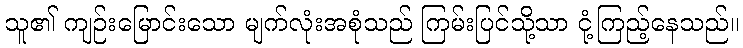
သူ၏ ကျဉ်းမြောင်းသော မျက်လုံးအစုံသည် ကြမ်းပြင်သို့သာ ငုံ့ကြည့်နေသည်။